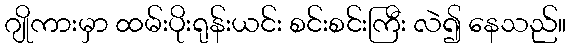
ဂျိုကားမှာ ထမ်းပိုးရုန်းယင်း စင်းစင်းကြီး လဲ၍ နေသည်။